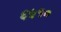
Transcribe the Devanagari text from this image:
६५१०